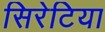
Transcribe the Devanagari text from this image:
सिरेटिया